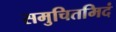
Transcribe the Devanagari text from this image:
समुचितमिदं